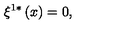
\xi ^ { 1 \ast } \left( x \right) = 0 ,